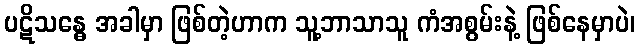
ပဋိသန္ဓေ အခါမှာ ဖြစ်တဲ့ဟာက သူ့ဘာသာသူ ကံအစွမ်းနဲ့ ဖြစ်နေမှာပဲ၊